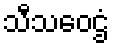
သီသဝေဌံ